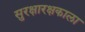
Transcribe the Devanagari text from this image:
सुरक्षारक्षकाला